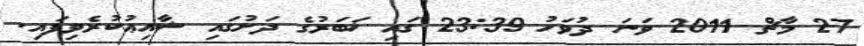
27 މާޗް 2011 ވަނަ ދުވަހު 23:39 ގައި ޚަބަރުގެ ދަށުގައި ޝާއިޢުކުރެވިފައި.